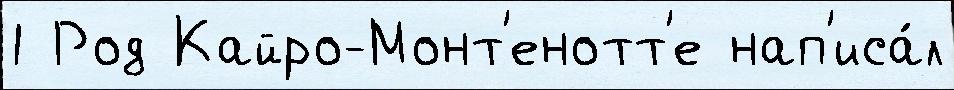
1 Род Кайро-Монт'енотт'е нап'иса́л